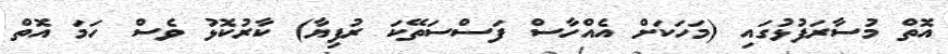
އޮތް މުސާރަފުޅުގައި (މަހަކަށް އެއްހާސް ފަސްސަތޭކަ ރުފިޔާ) ކާރުކޮޅު ވެސް ހަމަ އޮތް